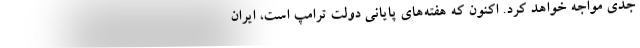
جدی مواجه خواهد کرد. اکنون که هفته‌های پایانی دولت ترامپ است، ایران